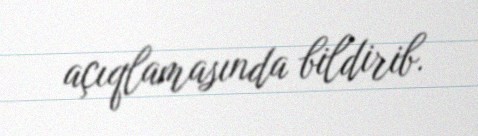
açıqlamasında bildirib.